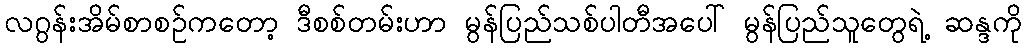
လဂွန်းအိမ်စာစဉ်ကတော့ ဒီစစ်တမ်းဟာ မွန်ပြည်သစ်ပါတီအပေါ် မွန်ပြည်သူတွေရဲ့ ဆန္ဒကို